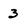
Character: 3